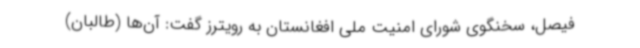
فیصل، سخنگوی شورای امنیت ملی افغانستان به رویترز گفت: آن‌ها (طالبان)